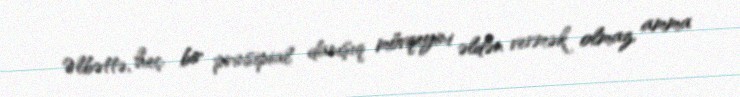
Əlbəttə, heç bir prinsipial danışıq mövqeyini əldən vermək olmaz, amma